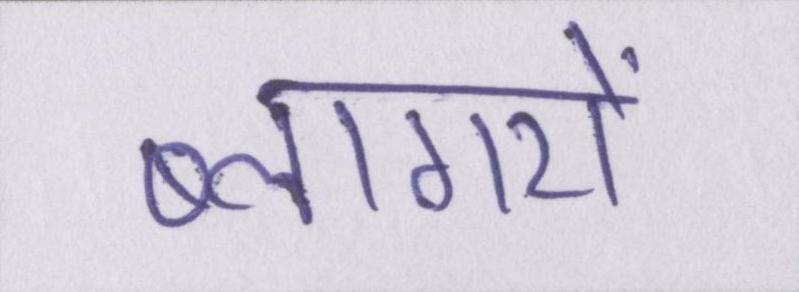
ब्लागरों